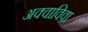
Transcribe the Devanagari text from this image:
अक्वाविवा